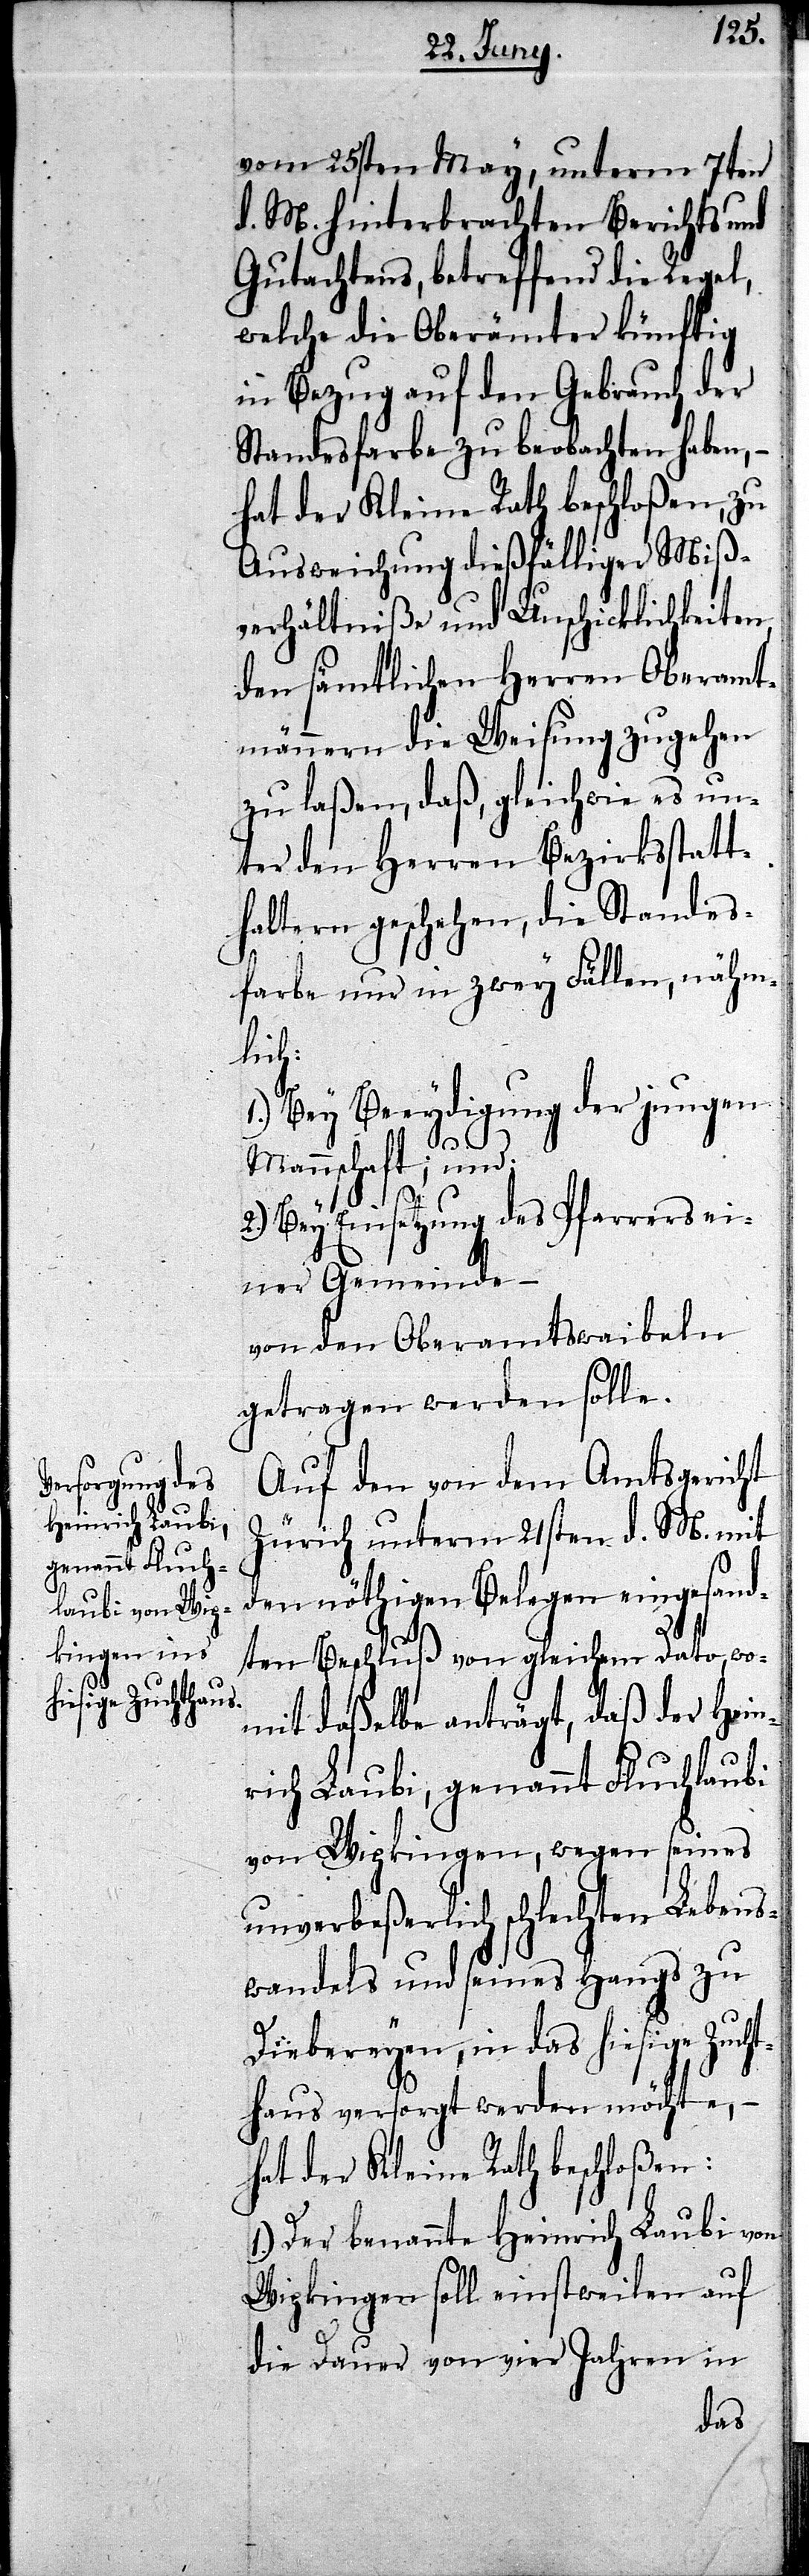
vom 25sten May, unterm 7ten
d. M. hinterbrachten Berichts und
Gutachtens, betreffend die Regel,
welche die Oberämter künftig
in Bezug auf den Gebrauch der
Standesfarbe zu beobachten haben, –
hat der Kleine Rath beschloßen, zu
Ausweichung dießfälliger Miß¬
verhältniße und Unschicklichkeiten
den sämtlichen Herren Oberamt¬
männern die Weisung zugehen
zu laßen, daß, gleichwie es un¬
ter den Herren Bezirksstatt¬
haltern geschehen, die Standes¬
farbe nur in zwey Fällen, nähm¬
lich:
1.) Bey Beeydigung der jungen
Mannschaft; und:
2.) Bey Einsetzung des Pfarrers ei¬
ner Gemeinde –
von den Oberamtswaibeln
getragen werden solle.
Auf den von dem Amtsgericht
Zürich unterm 21sten d. M. mit
den nöthigen Belegen eingesand¬
ten Beschluß von gleichem Dato, wo¬
mit daßelbe anträgt, daß der Hein¬
rich Laubi, genannt Fluchlaubi
von Wipkingen, wegen seines
unverbeßerlich schlechten Lebens¬
wandels und seines Hangs zu
Diebereyen, in das hiesige Zucht¬
haus versorgt werden möchte, –
hat der Kleine Rath beschloßen:
1.) Der benannte Heinrich Laubi von
Wipkingen soll einstweilen auf
die Dauer von vier Jahren in